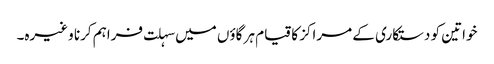
خواتین کو دستکاری کے مراکز کا قیام ہر گاؤں میں سہلت فراہم کرنا وغیرہ۔